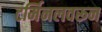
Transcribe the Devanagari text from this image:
टर्मिनलवरून